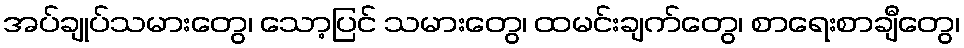
အပ်ချုပ်သမားတွေ၊ သော့ပြင် သမားတွေ၊ ထမင်းချက်တွေ၊ စာရေးစာချီတွေ၊